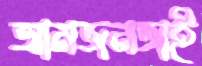
আমজনতাই